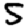
Digit: 5